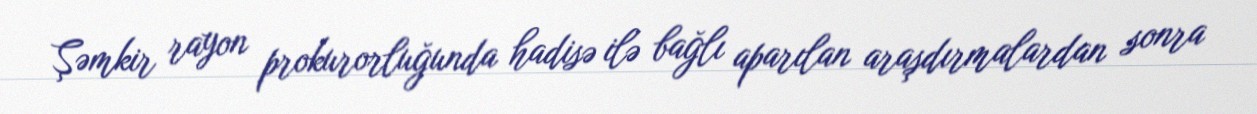
Şəmkir rayon prokurorluğunda hadisə ilə bağlı aparılan araşdırmalardan sonra